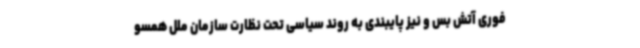
فوری آتش بس و نیز پایبندی به روند سیاسی تحت نظارت سازمان ملل همسو